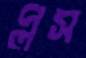
প্লস